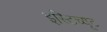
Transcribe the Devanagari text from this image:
इस्‍टिच्‍यूट